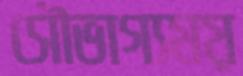
সৌভাগ্যময়